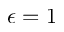
\epsilon = 1